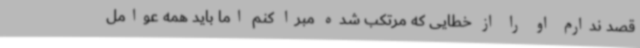
قصد ندارم او را از خطایی که مرتکب شده مبرا کنم اما باید همه عوامل